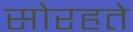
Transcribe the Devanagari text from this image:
सोरहते